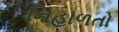
નિહાળતો